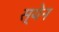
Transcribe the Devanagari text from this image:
स्येन